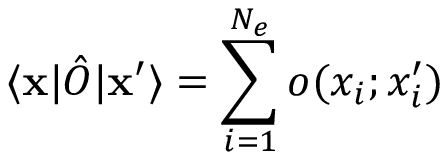
\langle \mathbf { x } | \hat { O } | \mathbf { x } ^ { \prime } \rangle = \sum _ { i = 1 } ^ { N _ { e } } o ( x _ { i } ; x _ { i } ^ { \prime } )